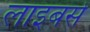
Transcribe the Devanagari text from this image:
लाइबसे